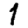
Digit: 1